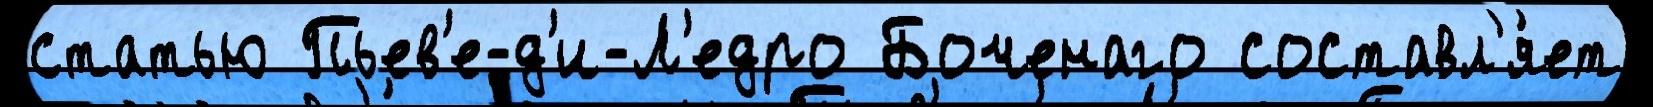
статью Пьев'е-д'и-Л'едро Боченаго составл'я́ет